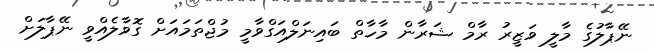
ނޭޕާލުގެ މާލީ ވަޒީރު ރާމް ޝަރާން މާހާތް ބައިނަލްއަގްވާމީ މުޖްތަމައަށް ގޮވާލެއްވީ ނޭޕާލަށް